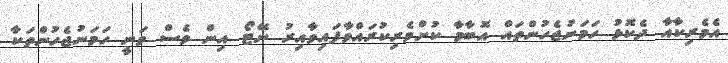
އެމެރިކާއާ ދެކޮޅު ހަމަނުޖެހުންތައް އޮބާމާ ކުށްވެރިކުރައްވާފައިވާއިރު ނޭޓޯ އިން ވެސް ވަނީ ހަމަނުޖެހުންތަކާ